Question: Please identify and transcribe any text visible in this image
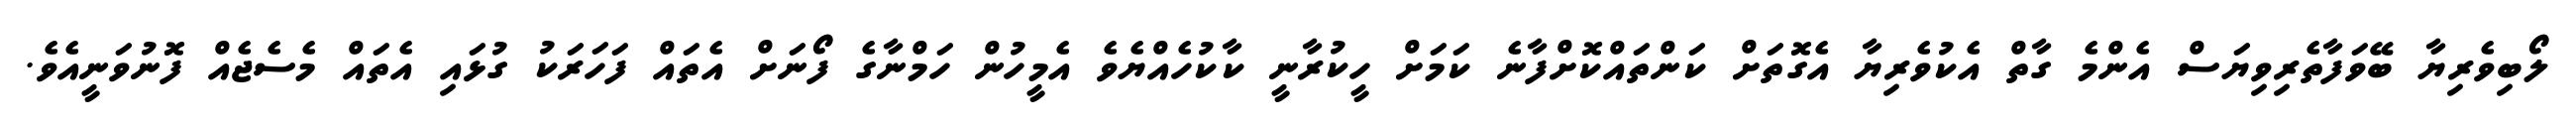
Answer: ލޯބިވެރިޔާ ބޭވަފާތެރިވިޔަސް އެންމެ ގާތް އެކުވެރިޔާ އެގޮތަށް ކަންތައްކޮށްފާނެ ކަމަށް ހީކުރާނީ ކާކުހެއްޔެވެ އެމީހުން ހަމްނާގެ ފޯނަށް އެތައް ފަހަރަކު ގުޅައި އެތައް މެސެޖެއް ފޮނުވަނީއެވެ.